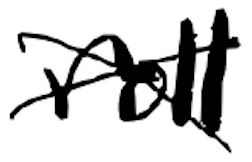
Text: roll
Cross-out: cross
Writing tool: digital_black